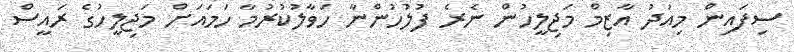
ސިފައިން މިއަދު އާޒިމް މަޖިލީހުން ނެރެ ފުލުހުންނާ ހަވާލުކުރުމާ ހަމައަށް މަޖިލީހުގެ ރައީސް